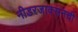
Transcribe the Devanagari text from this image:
नीडरजाक्सनची